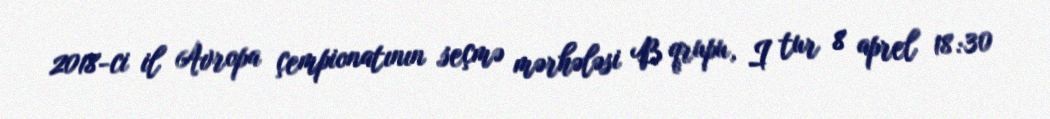
2018-ci il Avropa çempionatının seçmə mərhələsi B qrupu, I tur 8 aprel 18:30